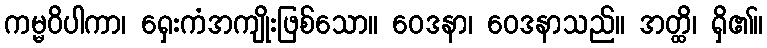
ကမ္မဝိပါကာ၊ ရှေးကံအကျိုးဖြစ်သော။ ဝေဒနာ၊ ဝေဒနာသည်။ အတ္ထိ၊ ရှိ၏။